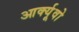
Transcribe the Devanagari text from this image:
आर्क्यूवो